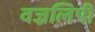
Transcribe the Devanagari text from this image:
वज्रलिपी